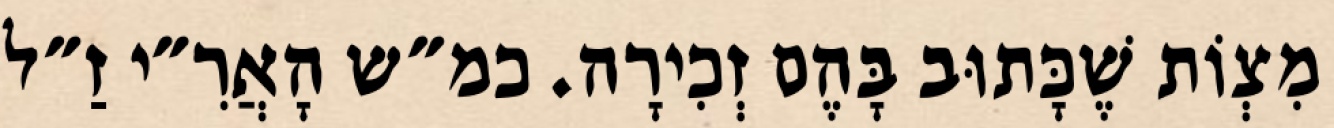
מִצְוֹת שֶׁכָּתוּב בָּהֶם זְכִירָה. כמ״ש הָאֲרִ״י זַ״ל